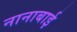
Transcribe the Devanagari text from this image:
नानाबाई